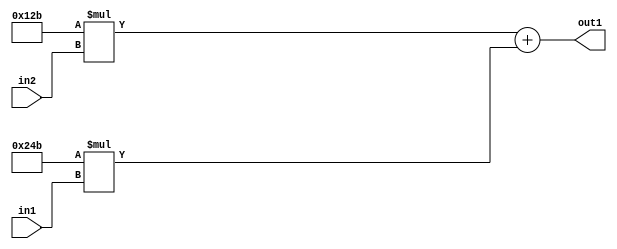
`timescale 1ps / 1ps
/*****************************************************************************
    Verilog RTL Description
    
    
    Created by: Stratus DpOpt 2019.1.01 
*******************************************************************************/

module SobelFilter_Add2Mul2iLLu8Mul2i299u8_1 (
	in2,
	in1,
	out1
	); /* architecture "behavioural" */ 
input [7:0] in2,
	in1;
output [18:0] out1;
wire [18:0] asc001;

wire [18:0] asc001_tmp_0;
assign asc001_tmp_0 = 
	+(19'B0000000000100101011 * in2);
assign asc001 = asc001_tmp_0
	+(19'B0000000001001001011 * in1);

assign out1 = asc001;
endmodule

/* CADENCE  uLT4SQg= : u9/ySgnWtBlWxVPRXgAZ4Og= ** DO NOT EDIT THIS LINE ******/